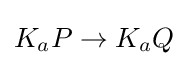
K_{a}P\rightarrow K_{a}Q